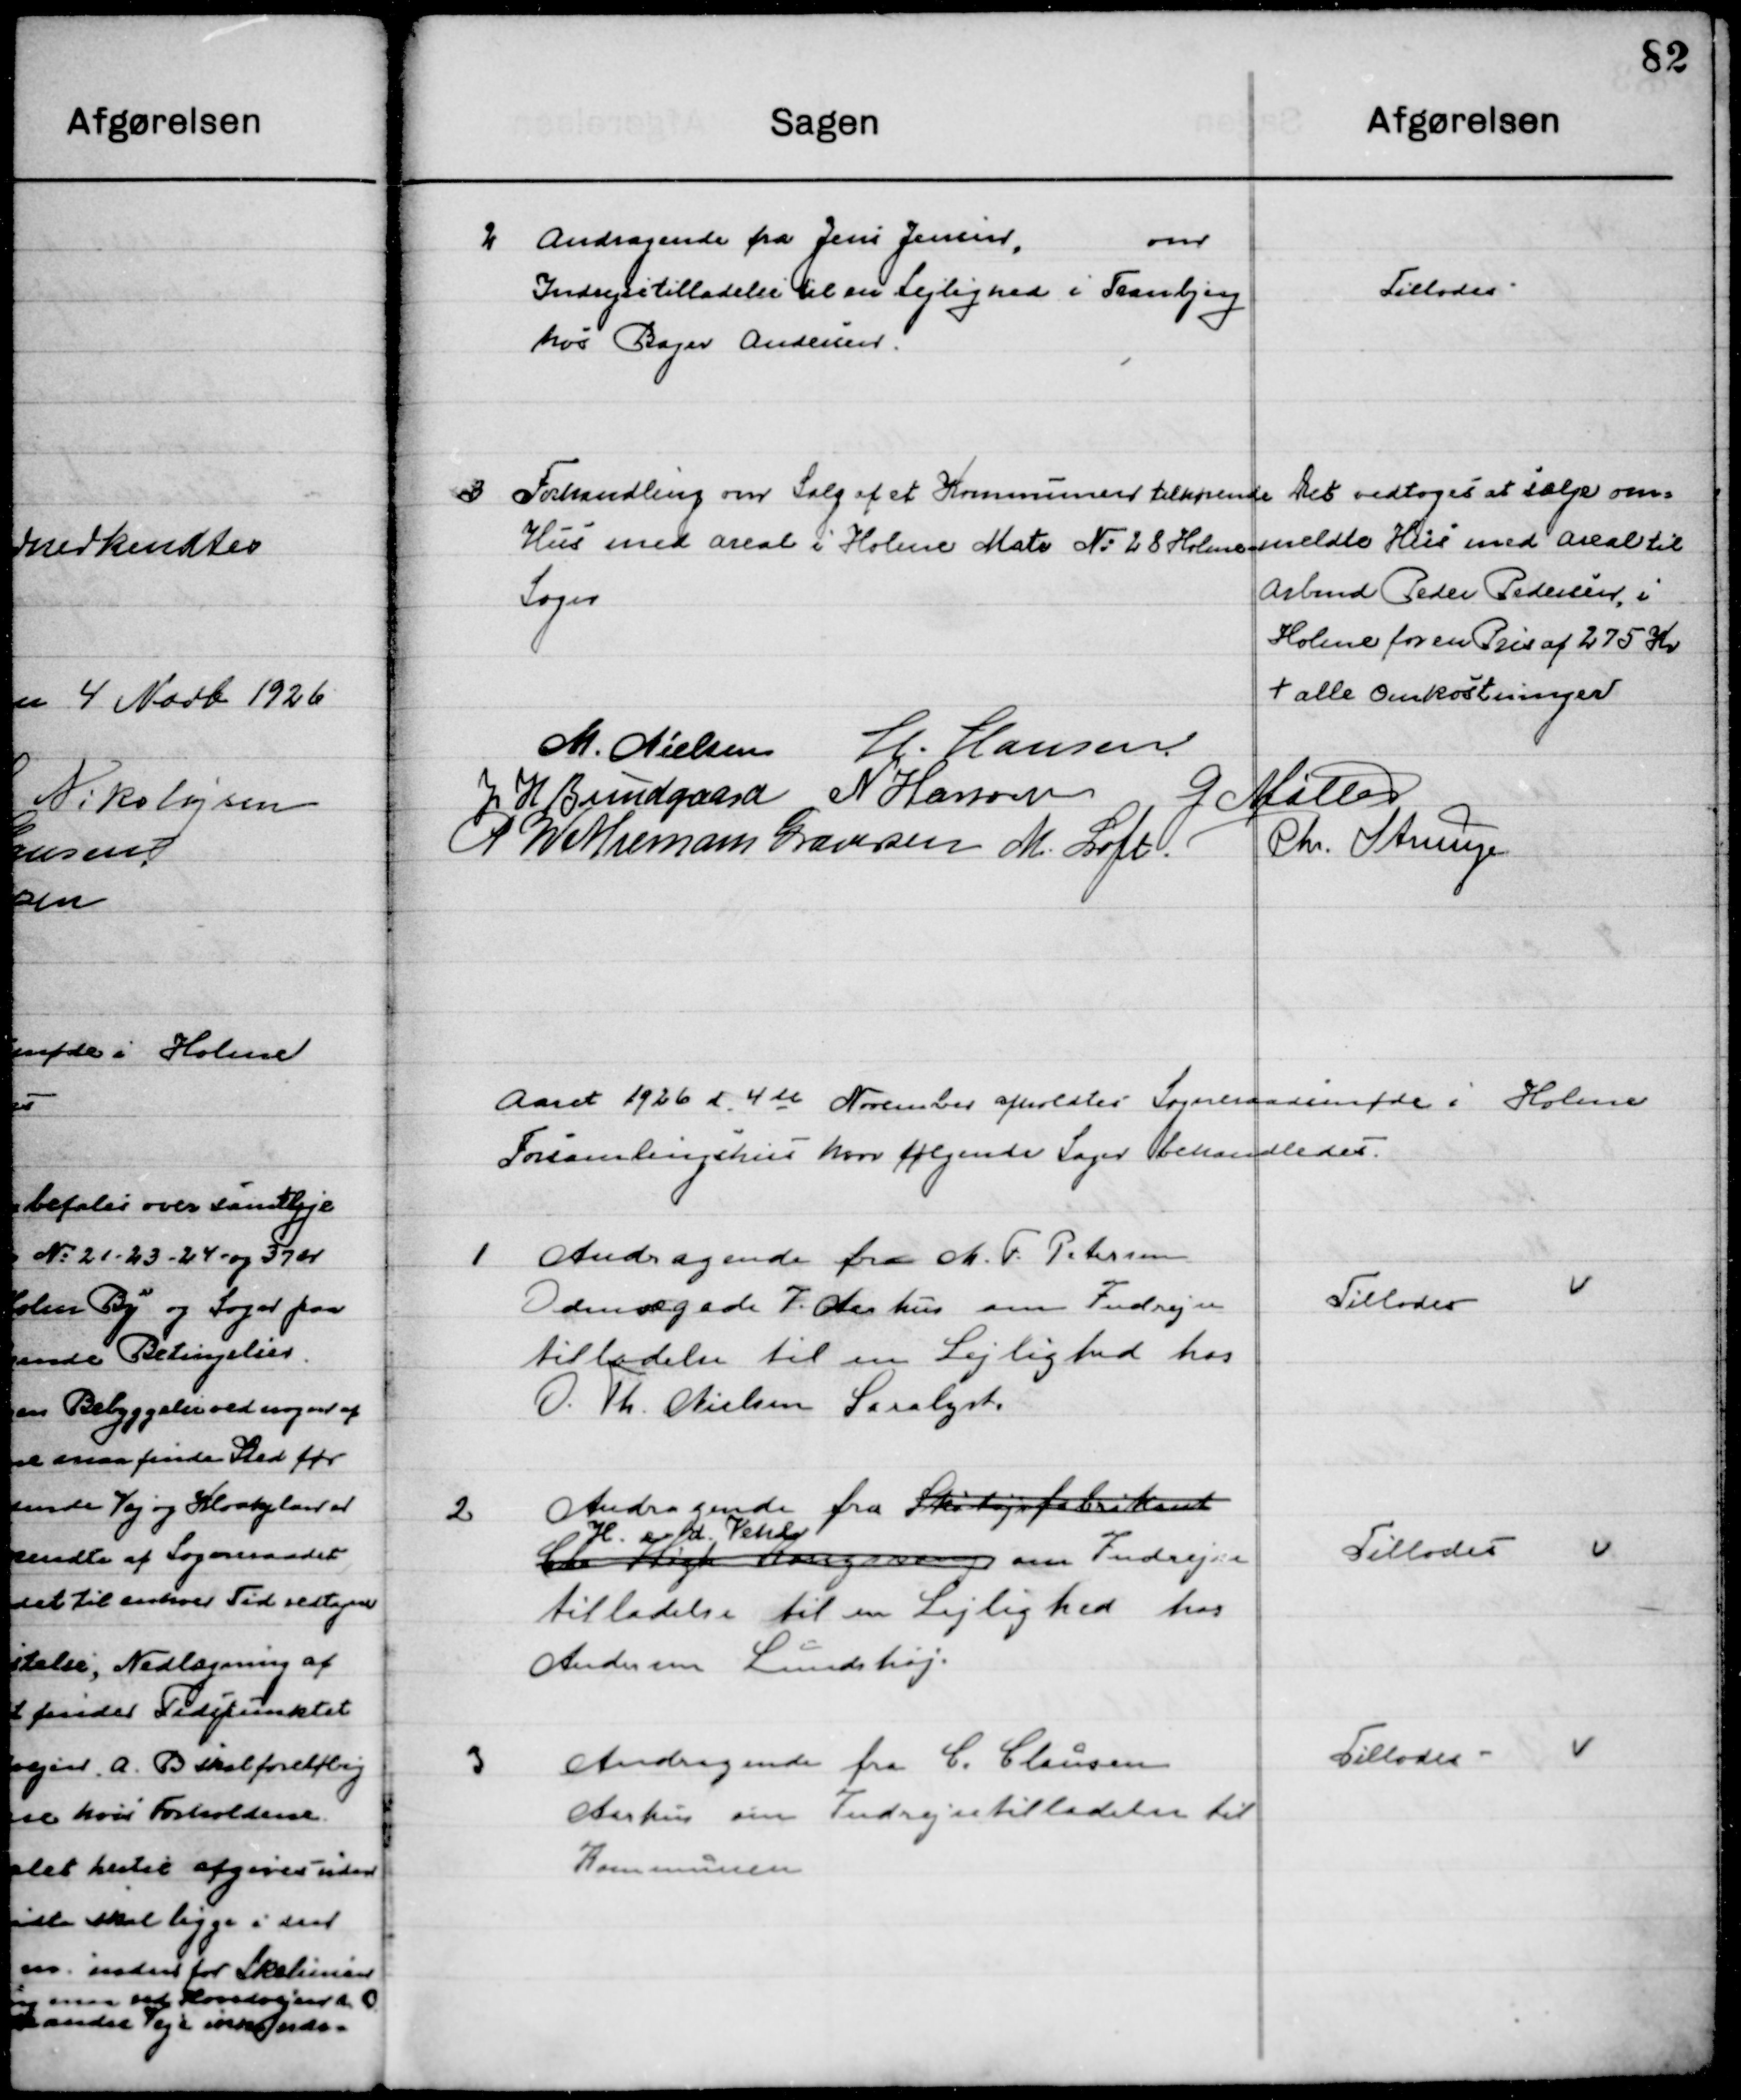
Transskription:
2

Andragende fra Jens Jensen, om
Indrejsetilladelse til en Lejlighed i Tranbjerg
Hos Bager Andersen.

Tillodes

3

Forhandling om Salg af et Kommunen tilhørende
Hus med areal i Holme Matr. No. 28 Holme
Sogn

Det vedtoges at salg om-
meldte Hus med areal til 
Arbmd. Peder Pedersen i 
Holme for en Pris af 275 Kr. 
+ alle Omkostninger

M. Nielsen
H. Hansen
J. H. Bundgaard
N. Hansen
G. Møller
P. Wethemann Graversen
M. Loft
Chr. Strunge

Aaret 1926 d. 4de November afholdt Sogneraadsmøde i Holme 
Forsamlingshus hvor følgende Sager behandledes.

1

Andragende fra M. T. Petersen
Odensegade 7 Aarhus om Indrejse-
tilladelse til en Lejlighed hos  
O. Th. Nielsen Saralyst.

Tillodes

2

Andragende fra Skotøjsfabrikant
H. rt d. Vehl
Chr. Høgh Kongsvang om Indrejse-
tilladelse til en Lejlighed hos 
Andersen Lundshøj.

Tillodes

3

Andragende fra C. Clausen
Aarhus om Indrejsetilladelse til 
Kommunen.

Tillodes